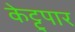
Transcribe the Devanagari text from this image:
केट्टुपार